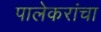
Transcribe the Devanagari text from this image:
पालेकरांचा